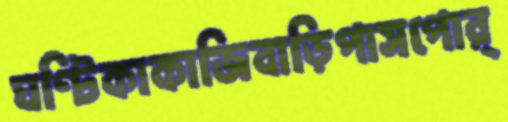
ঘণ্টিকাকাজিবাড়িপাসপোর্